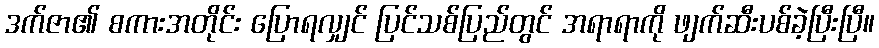
ဒက်ဇာ၏ စကားအတိုင်း ပြောရလျှင် ပြင်သစ်ပြည်တွင် အရာရာကို ဖျက်ဆီးပစ်ခဲ့ပြီးပြီ။